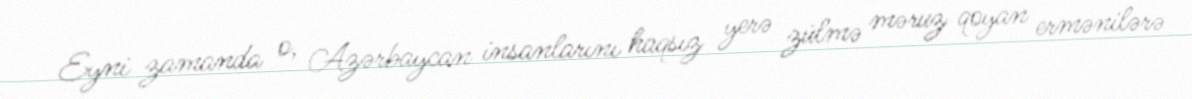
Eyni zamanda o, Azərbaycan insanlarını haqsız yerə zülmə məruz qoyan ermənilərə